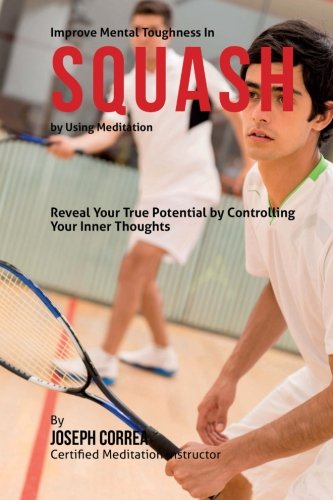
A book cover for Improve Mental Toughness in Squash by Using Meditation: Reveal Your True Potential by Controlling Your Inner Thoughts; Joseph Correa (Certified Meditation Instructor); Sports & Outdoors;